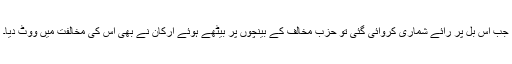
جب اس بل پر رائے شماری کروائی گئی تو حزب مخالف کے بینچوں پر بیٹھے ہوئے ارکان نے بھی اس کی مخالفت میں ووٹ دیا۔